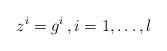
LaTeX: \begin{align*}z^{i}=g^{i}\,,i=1,\ldots,l\end{align*}